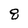
Character: 8